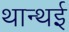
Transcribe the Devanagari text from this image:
थान्थई